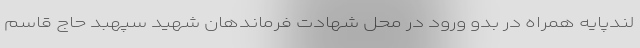
لندپایه همراه در بدو ورود در محل شهادت فرماندهان شهید سپهبد حاج قاسم